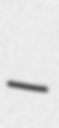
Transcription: –